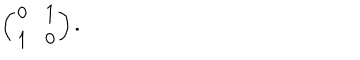
\left( \begin{array} { c c } { { 0 } } & { { 1 } } \\ { { 1 } } & { { 0 } } \\ \end{array} \right) .